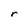
Character: r